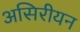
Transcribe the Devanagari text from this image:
असिरीयन